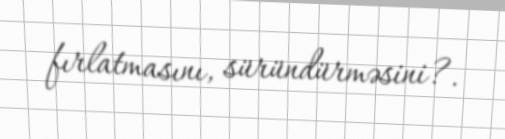
fırlatmasını, süründürməsini?.